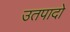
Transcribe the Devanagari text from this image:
उतपादो